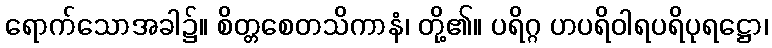
ရောက်သောအခါ၌။ စိတ္တစေတသိကာနံ၊ တို့၏။ ပရိဂ္ဂ ဟပရိဝါရပရိပုရဋ္ဌော၊